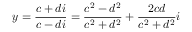
y = { \frac { c + d i } { c - d i } } = { \frac { c ^ { 2 } - d ^ { 2 } } { c ^ { 2 } + d ^ { 2 } } } + { \frac { 2 c d } { c ^ { 2 } + d ^ { 2 } } } i